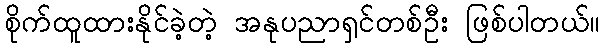
စိုက်ထူထားနိုင်ခဲ့တဲ့ အနုပညာရှင်တစ်ဦး ဖြစ်ပါတယ်။